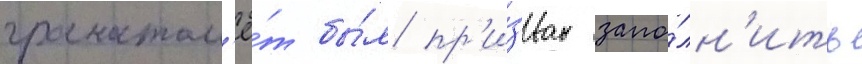
гранатом'ё́т бы́л пр'и́зван запо́лн'ить